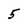
Character: 5